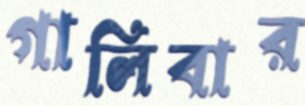
গালিবার